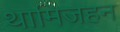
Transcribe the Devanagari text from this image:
थामिजहन